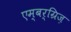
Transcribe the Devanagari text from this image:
एम्बर्ग्रिज़